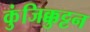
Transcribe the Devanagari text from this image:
कुंजिक्कुट्टन